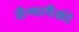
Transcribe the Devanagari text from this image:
सैन्यापैकी